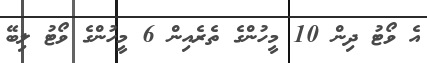
އެ ވޯޓު ދިން 10 މީހުންގެ ތެރެއިން 6 މީހުންގެ ވޯޓު ލިބޭ